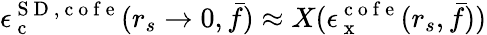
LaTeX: \epsilon_{\mathrm{~c~}}^{{\mathrm{~S~D~}},\mathrm{~c~o~f~e~}}(r_{s}\to 0,\bar{f})\approx X(\epsilon_{\mathrm{~x~}}^{\mathrm{~c~o~f~e~}}(r_{s},\bar{f}))